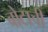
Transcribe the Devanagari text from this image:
बोटाची